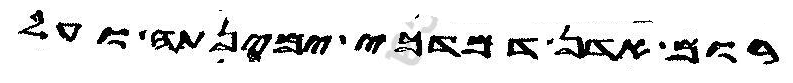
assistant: רום אדן דמדכי ימינתה ועל